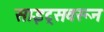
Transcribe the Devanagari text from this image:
साइट्सवरून